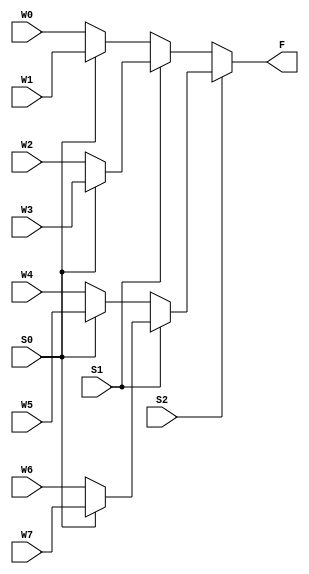
`ifndef Mux8
`define Mux8

module Mux8(S2, S1, S0, W7, W6, W5, W4, W3, W2, W1, W0, F);
	input [12:0] W0;
	input [12:0] W1;
	input [12:0] W2;
	input [12:0] W3;
	input [12:0] W4;
	input [12:0] W5;
	input [12:0] W6;
	input [12:0] W7;
	
	input S2;
	input S1;
	input S0;

	wire [12:0] SW1;
	wire [12:0] SW2;
	wire [12:0] SW3;
	wire [12:0] SW4;

	wire [12:0] ST1;
	wire [12:0] ST2;
	
	output [12:0] F;
	
	assign SW1 = S0 ? W1 : W0;
	assign SW2 = S0 ? W3 : W2;
	assign SW3 = S0 ? W5 : W4;
	assign SW4 = S0 ? W7 : W6;
	
	assign ST1 = S1 ? SW2 : SW1;
	assign ST2 = S1 ? SW4 : SW3;
	
	assign F = S2 ? ST2 : ST1;
	
endmodule

`endif